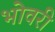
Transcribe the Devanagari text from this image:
भोवरी